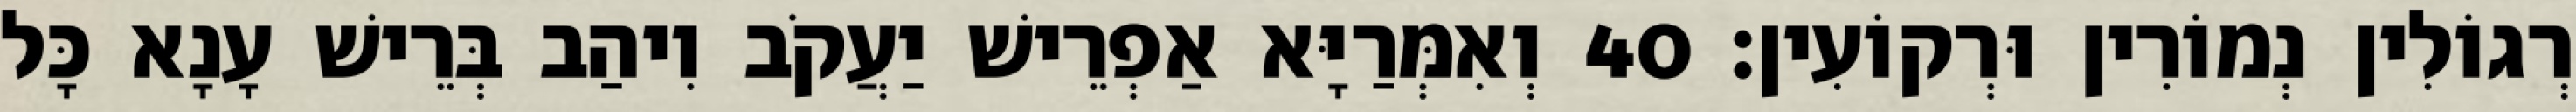
רְגוֹלִין נְמוֹרִין וּרְקוֹעִין׃ 40 וְאִמְּרַיָּא אַפְרֵישׁ יַעֲקֹב וִיהַב בְּרֵישׁ עָנָא כָּל